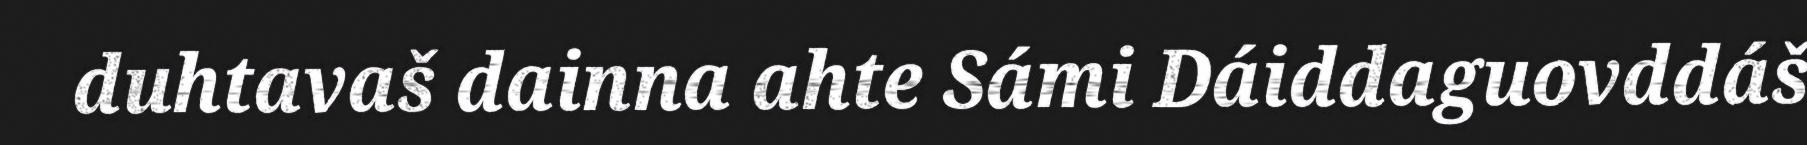
duhtavaš dainna ahte Sámi Dáiddaguovddáš